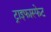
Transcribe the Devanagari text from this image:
ट्राइफास्फेट